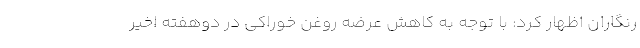
رنگاران اظهار کرد: با توجه به کاهش عرضه روغن خوراکی در دوهفته اخیر